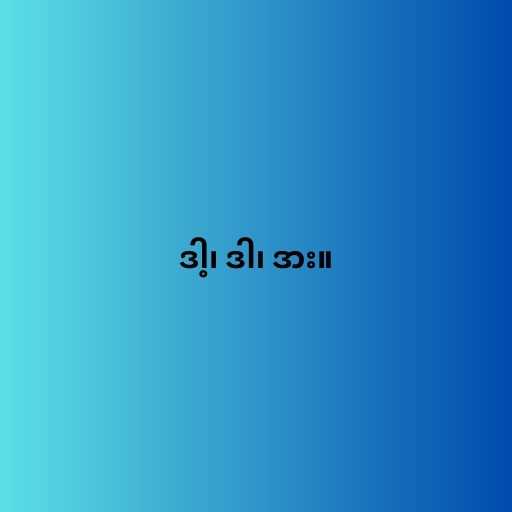
ဒါ့၊ ဒါ၊ ဒား။